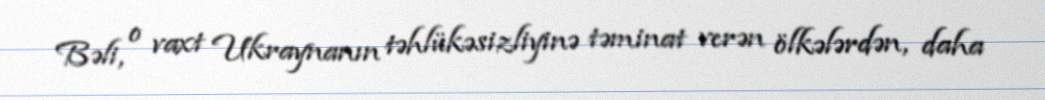
Bəli, o vaxt Ukraynanın təhlükəsizliyinə təminat verən ölkələrdən, daha